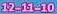
12-11-10